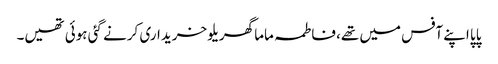
پاپا اپنے آفس میں تھے، فاطمہ ماما گھریلو خریداری کرنے گئی ہوئی تھیں۔